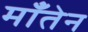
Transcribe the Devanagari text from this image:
माँतेन